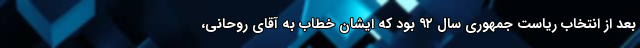
بعد از انتخاب ریاست جمهوری سال ۹۲ بود که ایشان خطاب به آقای روحانی،